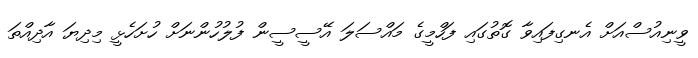
ވީނިއުސްއަށް އެނގިފައިވާ ގޮތުގައި ފަހްމީގެ މައްސަލަ އޭސީސީން ފުލުހުންނަށް ހުށަހެޅީ މިދިޔަ އާދިއްތަ